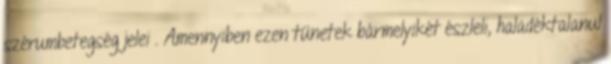
szérumbetegség jelei . Amennyiben ezen tünetek bármelyikét észleli, haladéktalanul